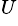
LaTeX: ^{U}